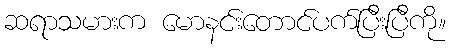
ဆရာသမားက မောနင်းတောင်ပက်ပြီးပြီကို။